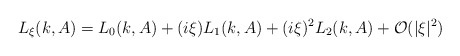
\begin{align*}L_\xi(k,A)=L_0(k,A)+(i\xi)L_1(k,A)+(i\xi)^2L_2(k,A)+\mathcal{O}(|\xi|^2)\end{align*}